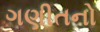
ગણીતનો